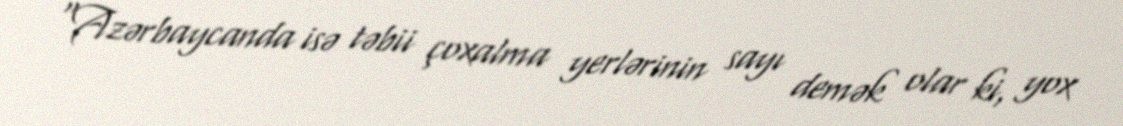
“Azərbaycanda isə təbii çoxalma yerlərinin sayı demək olar ki, yox